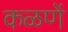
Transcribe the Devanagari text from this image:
कळणें